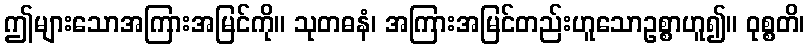
ဤများသောအကြားအမြင်ကို။ သုတဓနံ၊ အကြားအမြင်တည်းဟူသောဥစ္စာဟူ၍။ ဝုစ္စတိ၊